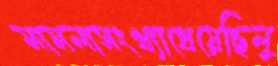
মামলাসংখ্যাধেয়েছিলু